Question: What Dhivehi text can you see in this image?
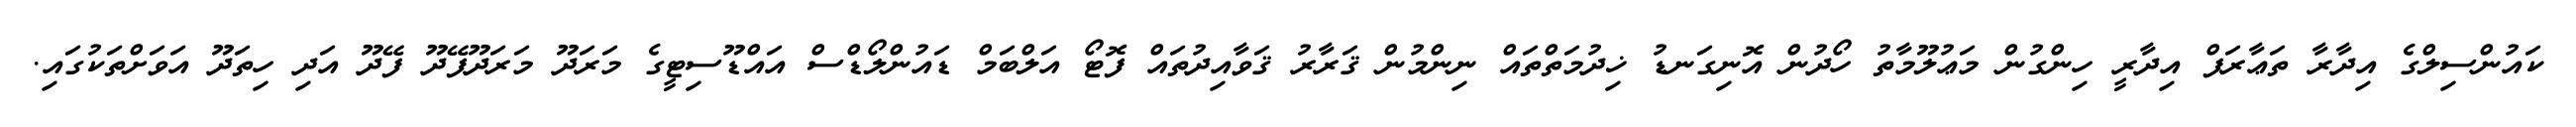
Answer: ކައުންސިލްގެ އިދާރާ ތަޢާރަފް އިދާރީ ހިންގުން މަޢުލޫމާތު ހޯދުން އޮނިގަނޑު ޚިދުމަތްތައް ނިންމުން ޤަރާރު ޤަވާއިދުތައް ފޮޓޯ އަލްބަމް ޑައުންލޯޑްސް އައްޑޫސިޓީގެ މަރަދޫ މަރަދޫފޭދޫ ފޭދޫ އަދި ހިތަދޫ އަވަށްތަކުގައި.